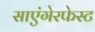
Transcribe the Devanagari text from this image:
साएंगेरफेस्ट